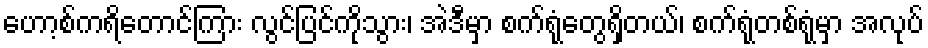
ဟော့စ်ကရိတောင်ကြား လွင်ပြင်ကိုသွား၊ အဲဒီမှာ စက်ရုံတွေရှိတယ်၊ စက်ရုံတစ်ရုံမှာ အလုပ်